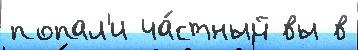
попал'и ча́стный вы в